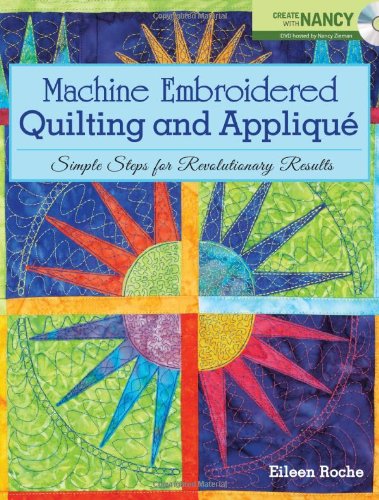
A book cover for Machine Embroidered Quilting and Applique: Simple Steps for Revolutionary Results; Eileen Roche; Crafts, Hobbies & Home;